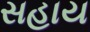
સહાય